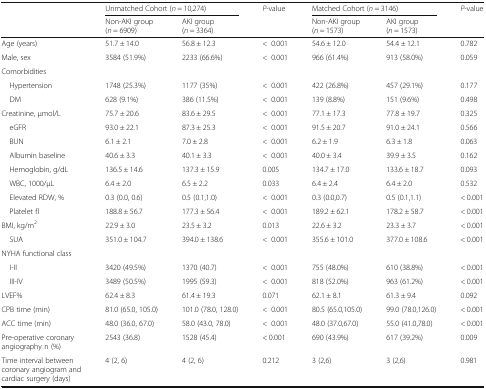
<table><thead><tr><td rowspan="2"></td><td colspan="2"><b>Unmatched Cohort (<i>n</i> = 10,274)</b></td><td rowspan="2"><b><i>P</i>-value</b></td><td colspan="2"><b>Matched Cohort (<i>n</i> = 3146)</b></td><td rowspan="2"><b><i>P</i>-value</b></td></tr><tr><td><b>Non-AKI group (<i>n</i> = 6909)</b></td><td><b>AKI group(<i>n</i> = 3364)</b></td><td><b>Non-AKI group (<i>n</i> = 1573)</b></td><td><b>AKI group (<i>n</i> = 1573)</b></td></tr></thead><tbody><tr><td>Age (years)</td><td>51.7 ± 14.0</td><td>56.8 ± 12.3</td><td>&lt;0.001</td><td>54.6 ± 12.0</td><td>54.4 ± 12.1</td><td>0.782</td></tr><tr><td>Male, sex</td><td>3584 (51.9%)</td><td>2233 (66.6%)</td><td>&lt;0.001</td><td>966 (61.4%)</td><td>913 (58.0%)</td><td>0.059</td></tr><tr><td colspan="7">Comorbidities</td></tr><tr><td> Hypertension</td><td>1748 (25.3%)</td><td>1177 (35%)</td><td>&lt;0.001</td><td>422 (26.8%)</td><td>457 (29.1%)</td><td>0.177</td></tr><tr><td> DM</td><td>628 (9.1%)</td><td>386 (11.5%)</td><td>&lt;0.001</td><td>139 (8.8%)</td><td>151 (9.6%)</td><td>0.498</td></tr><tr><td>Creatinine, μmol/L</td><td>75.7 ± 20.6</td><td>83.6 ± 29.5</td><td>&lt;0.001</td><td>77.1 ± 17.3</td><td>77.8 ± 19.7</td><td>0.325</td></tr><tr><td> eGFR</td><td>93.0 ± 22.1</td><td>87.3 ± 25.3</td><td>&lt;0.001</td><td>91.5 ± 20.7</td><td>91.0 ± 24.1</td><td>0.566</td></tr><tr><td> BUN</td><td>6.1 ± 2.1</td><td>7.0 ± 2.8</td><td>&lt;0.001</td><td>6.2 ± 1.9</td><td>6.3 ± 1.8</td><td>0.063</td></tr><tr><td> Albumin baseline</td><td>40.6 ± 3.3</td><td>40.1 ± 3.3</td><td>&lt;0.001</td><td>40.0 ± 3.4</td><td>39.9 ± 3.5</td><td>0.162</td></tr><tr><td> Hemoglobin, g/dL</td><td>136.5 ± 14.6</td><td>137.3 ± 15.9</td><td>0.005</td><td>134.7 ± 17.0</td><td>133.6 ± 18.7</td><td>0.093</td></tr><tr><td> WBC, 1000/μL</td><td>6.4 ± 2.0</td><td>6.5 ± 2.2</td><td>0.033</td><td>6.4 ± 2.4</td><td>6.4 ± 2.0</td><td>0.532</td></tr><tr><td> Elevated RDW, %</td><td>0.3 (0.0, 0.6)</td><td>0.5 (0.1,1.0)</td><td>&lt;0.001</td><td>0.3 (0.0,0.7)</td><td>0.5 (0.1,1.1)</td><td>&lt; 0.001</td></tr><tr><td> Platelet fl</td><td>188.8 ± 56.7</td><td>177.3 ± 56.4</td><td>&lt;0.001</td><td>189.2 ± 62.1</td><td>178.2 ± 58.7</td><td>&lt; 0.001</td></tr><tr><td>BMI, kg/m<sup>2</sup></td><td>22.9 ± 3.0</td><td>23.5 ± 3.2</td><td>0.013</td><td>22.6 ± 3.2</td><td>23.3 ± 3.7</td><td>&lt; 0.001</td></tr><tr><td> SUA</td><td>351.0 ± 104.7</td><td>394.0 ± 138.6</td><td>&lt;0.001</td><td>355.6 ± 101.0</td><td>377.0 ± 108.6</td><td>&lt; 0.001</td></tr><tr><td colspan="7">NYHA functional class</td></tr><tr><td> I-II</td><td>3420 (49.5%)</td><td>1370 (40.7)</td><td>&lt;0.001</td><td>755 (48.0%)</td><td>610 (38.8%)</td><td>&lt; 0.001</td></tr><tr><td> III-IV</td><td>3489 (50.5%)</td><td>1995 (59.3)</td><td>&lt;0.001</td><td>818 (52.0%)</td><td>963 (61.2%)</td><td>&lt; 0.001</td></tr><tr><td>LVEF%</td><td>62.4 ± 8.3</td><td>61.4 ± 19.3</td><td>0.071</td><td>62.1 ± 8.1</td><td>61.3 ± 9.4</td><td>0.092</td></tr><tr><td>CPB time (min)</td><td>81.0 (65.0, 105.0)</td><td>101.0 (78.0, 128.0)</td><td>&lt;0.001</td><td>80.5 (65.0,105.0)</td><td>99.0 (78.0,126.0)</td><td>&lt; 0.001</td></tr><tr><td>ACC time (min)</td><td>48.0 (36.0, 67.0)</td><td>58.0 (43.0, 78.0)</td><td>&lt;0.001</td><td>48.0 (37.0,67.0)</td><td>55.0 (41.0,78.0)</td><td>&lt; 0.001</td></tr><tr><td>Pre-operative coronary angiography n (%)</td><td>2543 (36.8)</td><td>1528 (45.4)</td><td>&lt; 0.001</td><td>690 (43.9%)</td><td>617 (39.2%)</td><td>0.009</td></tr><tr><td>Time interval between coronary angiogram and cardiac surgery (days)</td><td>4 (2, 6)</td><td>4 (2, 6)</td><td>0.212</td><td>3 (2,6)</td><td>3 (2,6)</td><td>0.981</td></tr></tbody></table>